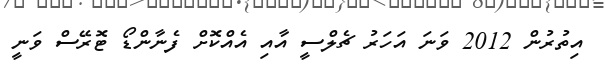
އިތުރުން 2012 ވަނަ އަހަރު ޗެލްސީ އާއި އެއްކޮށް ފެނާންޑޯ ޓޮރޭސް ވަނީ